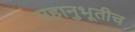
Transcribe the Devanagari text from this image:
सहानुभूतीच